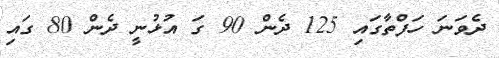
ދެވަނަ ހަފްތާގައި 125 ދެން 90 ގަ އުޅުނީ ދެން 80 ގައި